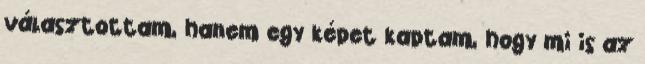
választottam, hanem egy képet kaptam, hogy mi is az